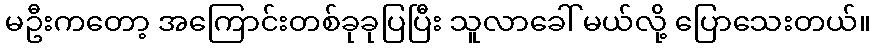
မဦးကတော့ အကြောင်းတစ်ခုခုပြပြီး သူလာခေါ် မယ်လို့ ပြောသေးတယ်။